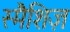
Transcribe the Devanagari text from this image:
स्मैशिज़